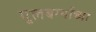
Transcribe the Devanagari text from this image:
गुलबर्ग्याच्या